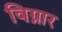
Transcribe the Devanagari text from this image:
विग्नार